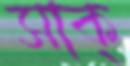
সাক্